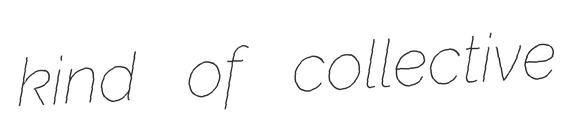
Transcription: kind of collective